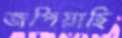
জপিয়াছি